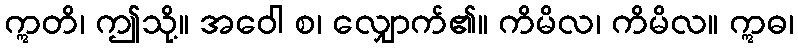
ဣတိ၊ ဤသို့။ အဝေါ စ၊ လျှောက်၏။ ကိမိလ၊ ကိမိလ။ ဣဓ၊